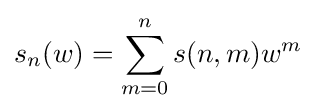
s_{n}(w)=\sum _{m=0}^{n}s(n,m)w^{m}